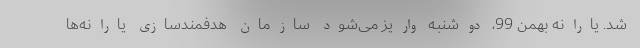
شد. یارانه بهمن 99، دوشنبه واریز می‌شود سازمان هدفمندسازی یارانه‌ها